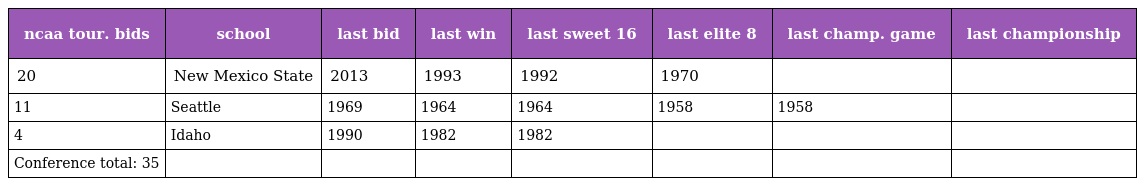
| ncaa tour. bids | school | last bid | last win | last sweet 16 | last elite 8 | last champ. game | last championship |
 | --- | --- | --- | --- | --- | --- | --- | --- |
 | 20 | New Mexico State | 2013 | 1993 | 1992 | 1970 |  |  |
 | 11 | Seattle | 1969 | 1964 | 1964 | 1958 | 1958 |  |
 | 4 | Idaho | 1990 | 1982 | 1982 |  |  |  |
 | Conference total: 35 |  |  |  |  |  |  |  |